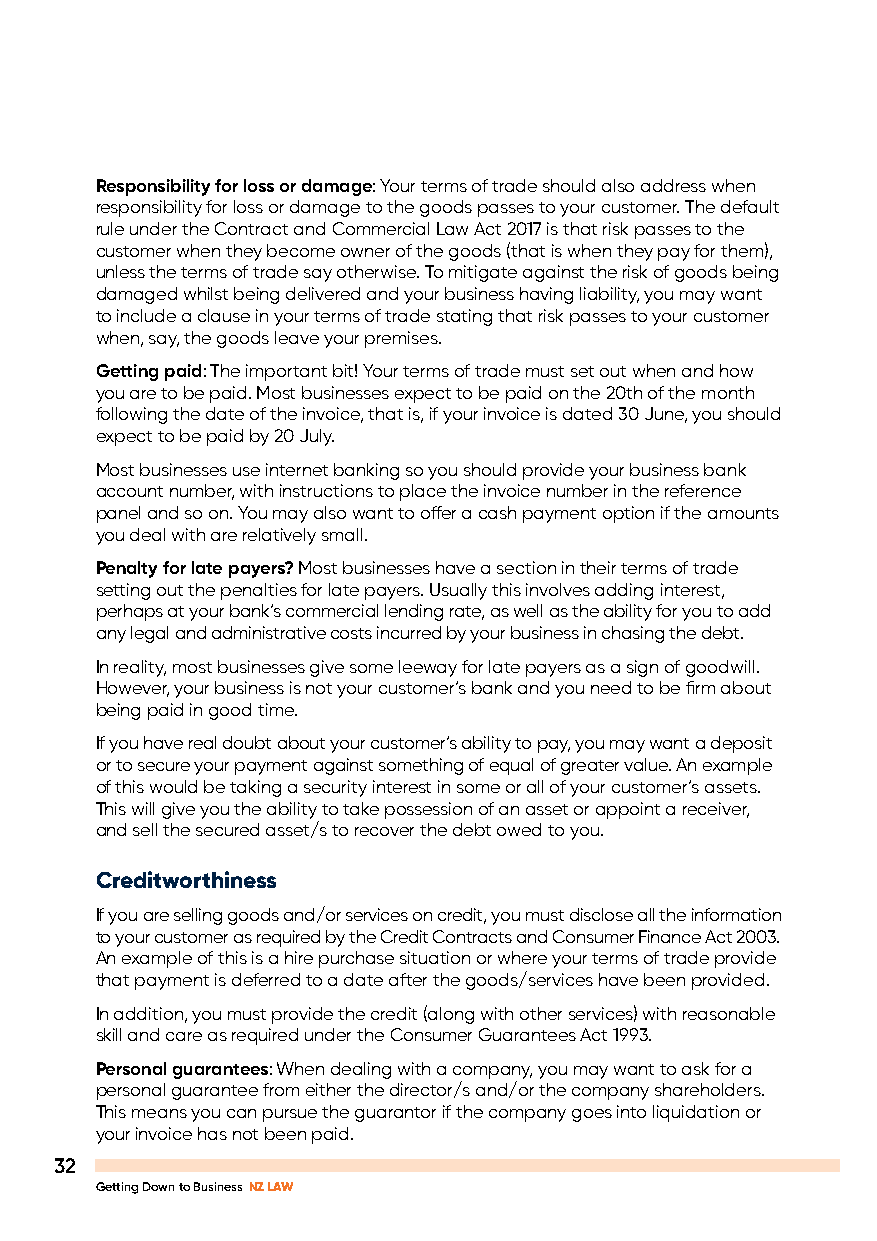
Responsibility for loss or damage: Your terms of trade should also address when
 responsibility for loss or damage to the goods passes to your customer. The default
 rule under the Contract and Commercial Law Act 2017 is that risk passes to the
 customer when they become owner of the goods (that is when they pay for them),
 unless the terms of trade say otherwise. To mitigate against the risk of goods being
 damaged whilst being delivered and your business having liability, you may want
 to include a clause in your terms of trade stating that risk passes to your customer
 when, say, the goods leave your premises.
 Getting paid: The important bit! Your terms of trade must set out when and how
 you are to be paid. Most businesses expect to be paid on the 20th of the month
 following the date of the invoice, that is, if your invoice is dated 30 June, you should
 expect to be paid by 20 July.
 Most businesses use internet banking so you should provide your business bank
 account number, with instructions to place the invoice number in the reference
 panel and so on. You may also want to offer a cash payment option if the amounts
 you deal with are relatively small.
 Penalty for late payers? Most businesses have a section in their terms of trade
 setting out the penalties for late payers. Usually this involves adding interest,
 perhaps at your bank’s commercial lending rate, as well as the ability for you to add
 any legal and administrative costs incurred by your business in chasing the debt.
 In reality, most businesses give some leeway for late payers as a sign of goodwill.
 However, your business is not your customer’s bank and you need to be firm about
 being paid in good time.
 If you have real doubt about your customer’s ability to pay, you may want a deposit
 or to secure your payment against something of equal of greater value. An example
 of this would be taking a security interest in some or all of your customer’s assets.
 This will give you the ability to take possession of an asset or appoint a receiver,
 and sell the secured asset/s to recover the debt owed to you.
 Creditworthiness
 If you are selling goods and/or services on credit, you must disclose all the information
 to your customer as required by the Credit Contracts and Consumer Finance Act 2003.
 An example of this is a hire purchase situation or where your terms of trade provide
 that payment is deferred to a date after the goods/services have been provided.
 In addition, you must provide the credit (along with other services) with reasonable
 skill and care as required under the Consumer Guarantees Act 1993.
 Personal guarantees: When dealing with a company, you may want to ask for a
 personal guarantee from either the director/s and/or the company shareholders.
 This means you can pursue the guarantor if the company goes into liquidation or
 your invoice has not been paid.
 32
 Getting Down to Business NZ LAW